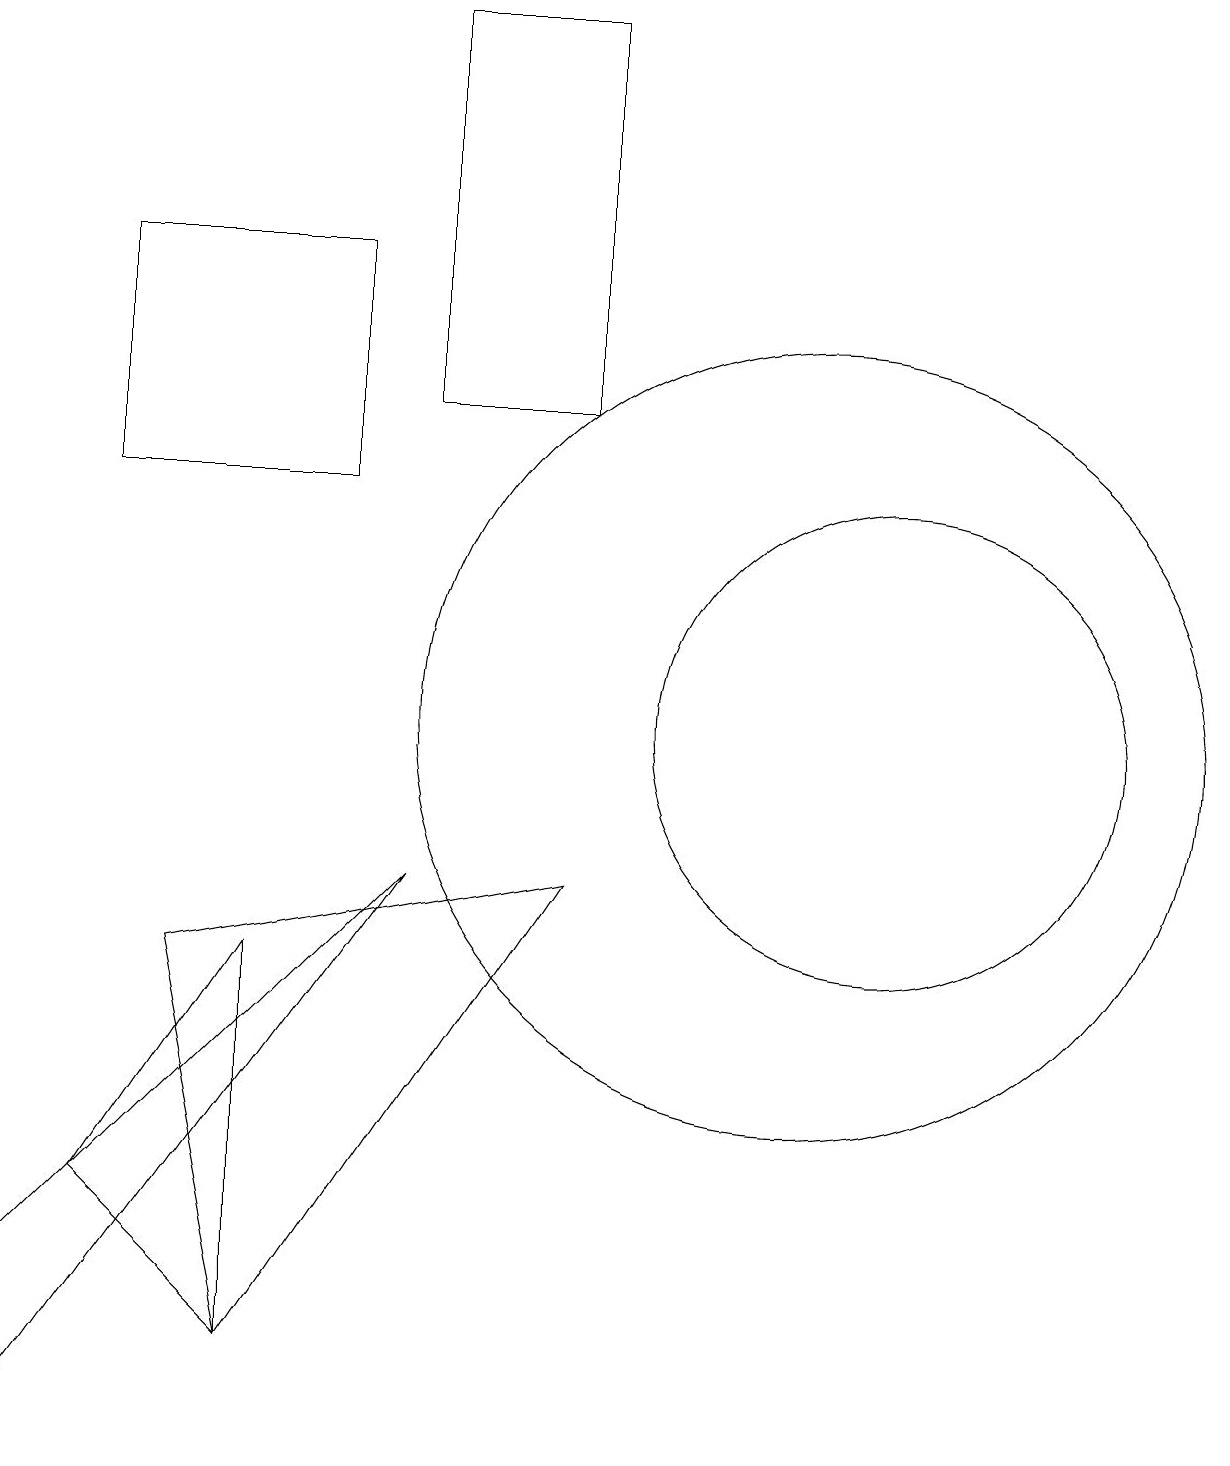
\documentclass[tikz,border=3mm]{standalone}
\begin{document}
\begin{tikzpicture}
\draw (5,8) -- (0,1) -- (0,3) -- cycle;
\draw (5,14) rectangle (7,19);
\draw (1,13) rectangle (4,16);
\draw (3,2) -- (2,7) -- (7,8) -- cycle;
\draw (1,4) -- (3,2) -- (3,7) -- cycle;
\draw (10,10) circle (5);
\draw (11,10) circle (3);
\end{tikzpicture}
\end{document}